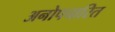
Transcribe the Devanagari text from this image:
अनोपचारित